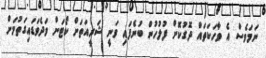
ނަމަވެސް އެ ވާހަކަތައް ދޮގުކޮށް ފުލުހުން ބުނެފައި ވަނީ ޝަރީއަތަށް ކޯޓަށް ވަދެވަޑައިގަތުމަށް